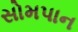
સોમપાન